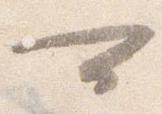
可